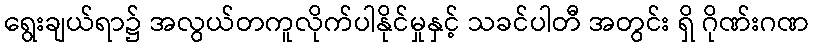
ရွေးချယ်ရာ၌ အလွယ်တကူလိုက်ပါနိုင်မှုနှင့် သခင်ပါတီ အတွင်း ရှိ ဂိုဏ်းဂဏ